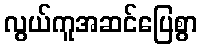
လွယ်ကူအဆင်ပြေစွာ